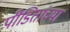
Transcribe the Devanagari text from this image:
पीडितांच्या